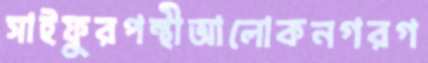
সাইফুরপন্থীআলোকনগরগ